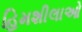
હિમશીલાઓ